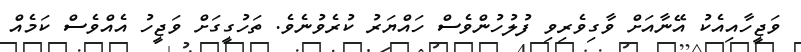
ވަޖީހާއިއެކު އޭނާއަށް ވާގިވެރިވި ފުލުހުންވެސް ހައްޔަރު ކުރެވުނެވެ. ތަހުގީގަށް ވަޖީހު އެއްވެސް ކަމެއް